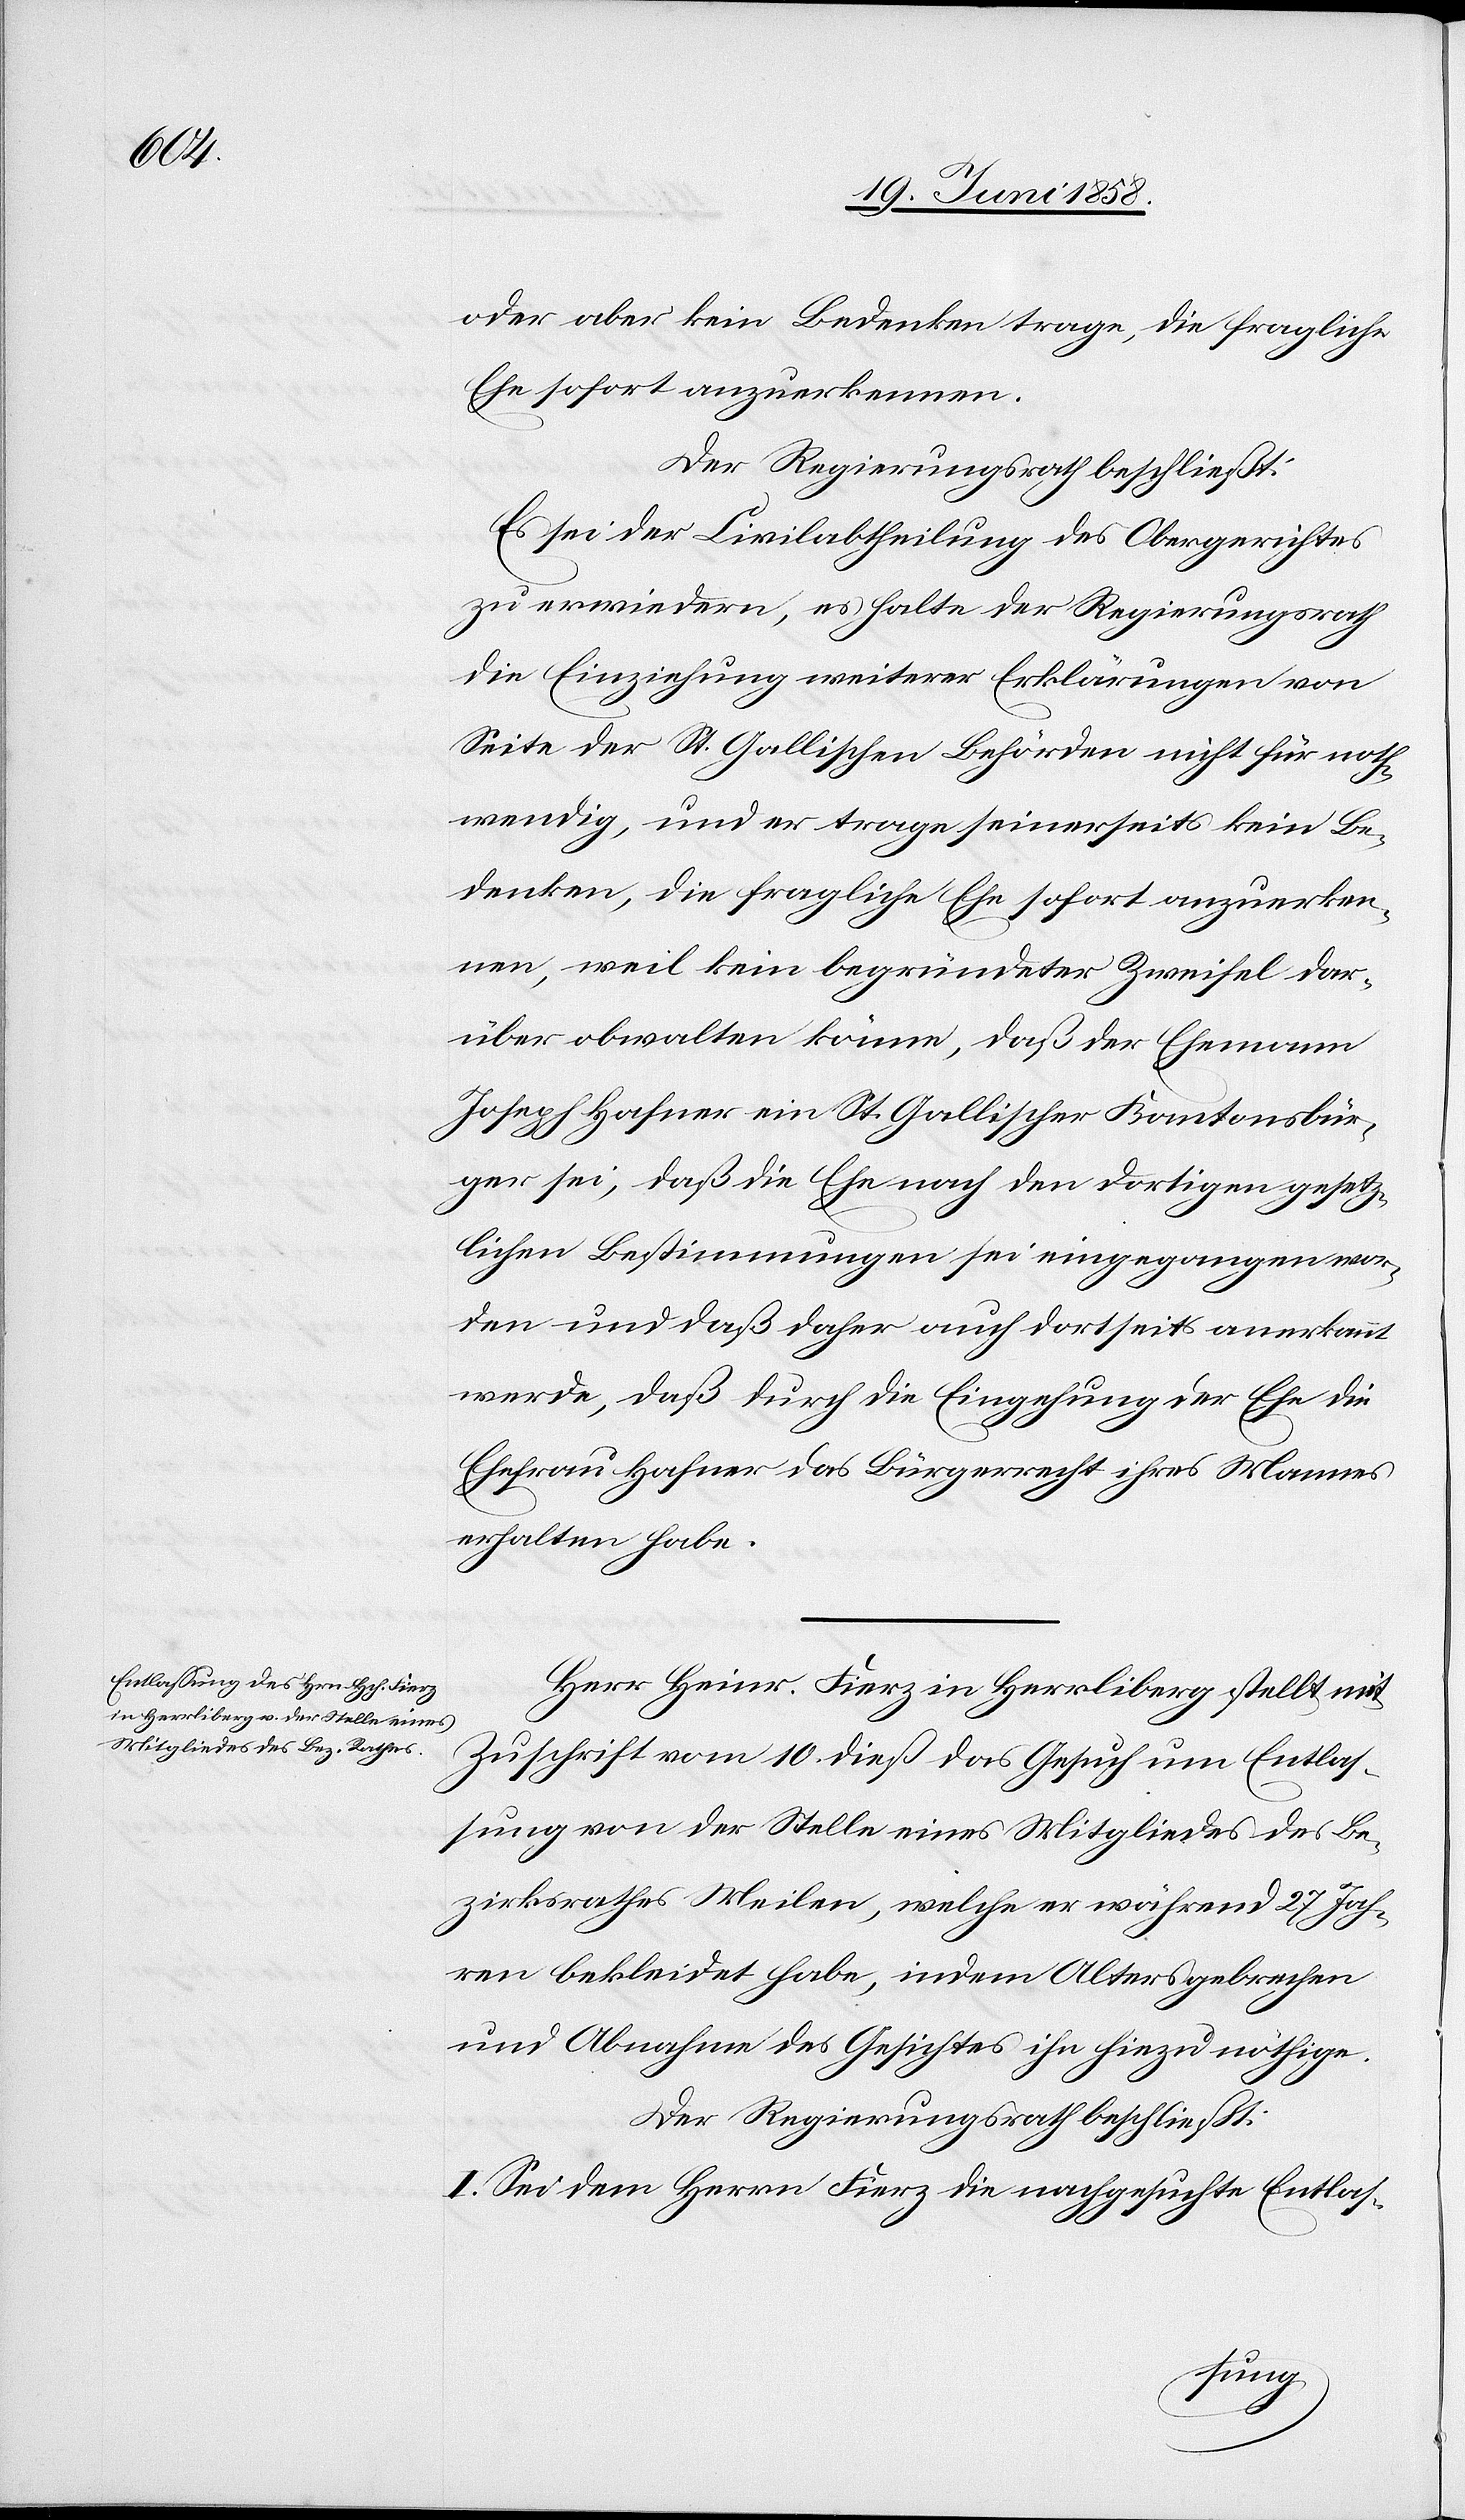
oder aber kein Bedenken trage, die fragliche
Ehe sofort anzuerkennen.
Es sei der Civilabtheilung des Obergerichtes
zu erwiedern, es halte der Regierungsrath
die Einziehung weiterer Erklärungen von
Seite der St. Gallischen Behörden nicht für noth¬
wendig, und er trage seinerseits kein Be¬
denken, die fragliche Ehe sofort anzuerken¬
nen, weil kein begründeter Zweifel dar¬
über obwalten könne, daß der Ehemann
Joseph Hafner ein St. Gallischer Kantonsbür¬
ger sei, daß die Ehe nach den dortigen gesetz¬
lichen Bestimmungen sei eingegangen wor¬
den und daß daher auch dortseits anerkannt
werde, daß durch die Eingehung der Ehe die
Ehefrau Hafner das Bürgerrecht ihres Mannes
erhalten habe.
Herr Heinr. Fierz in Herrliberg stellt mit
Zuschrift vom 10. dieß das Gesuch um Entlas¬
sung von der Stelle eines Mitgliedes des Be¬
zirksrathes Meilen, welche er während 27 Jah¬
ren bekleidet habe, indem Altersgebrechen
und Abnahme des Gesichtes ihn hiezu nöthige.
Der Regierungsrath beschließt:
I. Sei dem Herrn Fierz die nachgesuchte Entlas-